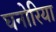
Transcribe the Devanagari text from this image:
घनोरिया